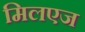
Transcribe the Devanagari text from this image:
मिलएज